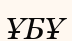
ҰБҰ